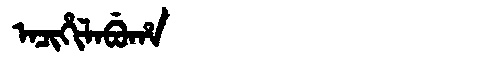
Manchu: ᠠᠴᡳᡥᡳᠯᠠᠪᡠᡥᠠ
Romanization: ACIHILABUHA